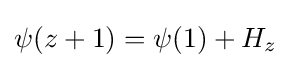
\psi (z+1)=\psi (1)+H_{z}